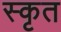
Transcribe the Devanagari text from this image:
स्कृत